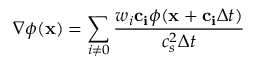
\nabla \phi ( \mathbf { x } ) = \sum _ { i \neq 0 } \frac { w _ { i } \mathbf { c _ { i } } \phi ( \mathbf { x } + \mathbf { c _ { i } } \Delta t ) } { c _ { s } ^ { 2 } \Delta t }